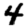
Digit: 4